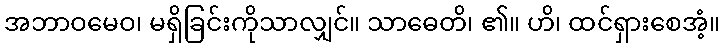
အဘာဝမေဝ၊ မရှိခြင်းကိုသာလျှင်။ သာဓေတိ၊ ၏။ ဟိ၊ ထင်ရှားစေအံ့။